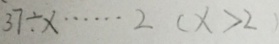
3 7 \div x \cdots 2 ( x > 2 )